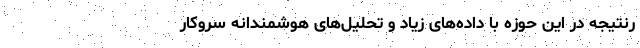
رنتیجه در این حوزه با داده‌های زیاد و تحلیل‌های هوشمندانه سروکار